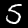
Label: 5